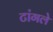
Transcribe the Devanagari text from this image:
टांगले